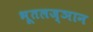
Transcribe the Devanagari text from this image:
भूतलज्ञान